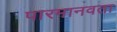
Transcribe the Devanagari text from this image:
पारमानवता